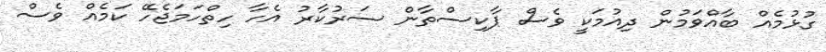
ގުޅުމެއް ބާއްވަމުން ދިއުމަކީ ވެސް ޕާކިސްތާން ސަރުކާރު އެހާ ހިތްހަމަޖެހޭ ކަމެއް ވެސް